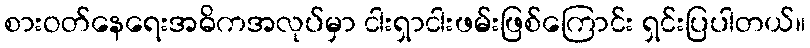
စားဝတ်နေရေးအဓိကအလုပ်မှာ ငါးရှာငါးဖမ်းဖြစ်ကြောင်း ရှင်းပြပါတယ်။